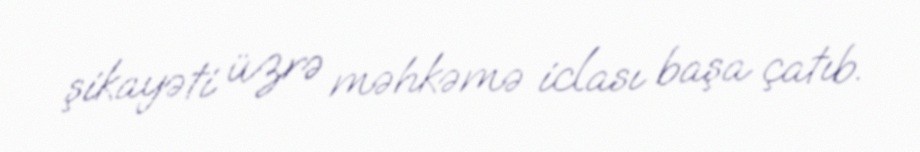
şikayəti üzrə məhkəmə iclası başa çatıb.